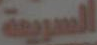
السريعة